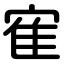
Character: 寉